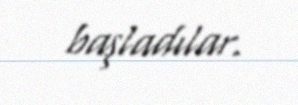
başladılar.